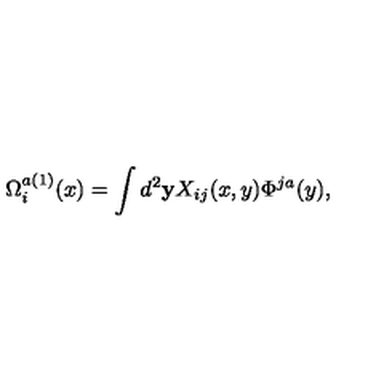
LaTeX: \Omega _ { i } ^ { a ( 1 ) } ( x ) = \int d ^ { 2 } { \bf y } X _ { i j } ( x , y ) \Phi ^ { j a } ( y ) ,